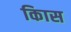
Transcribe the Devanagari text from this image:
किास